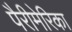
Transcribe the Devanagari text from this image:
पैरीमेरिका